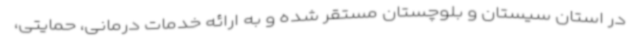
در استان سیستان و بلوچستان مستقر شده و به ارائه خدمات درمانی، حمایتی،